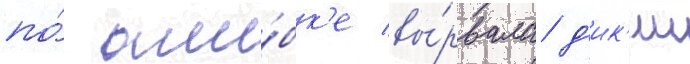
по́ оши́бк'е вы́рвала д'ик'ии